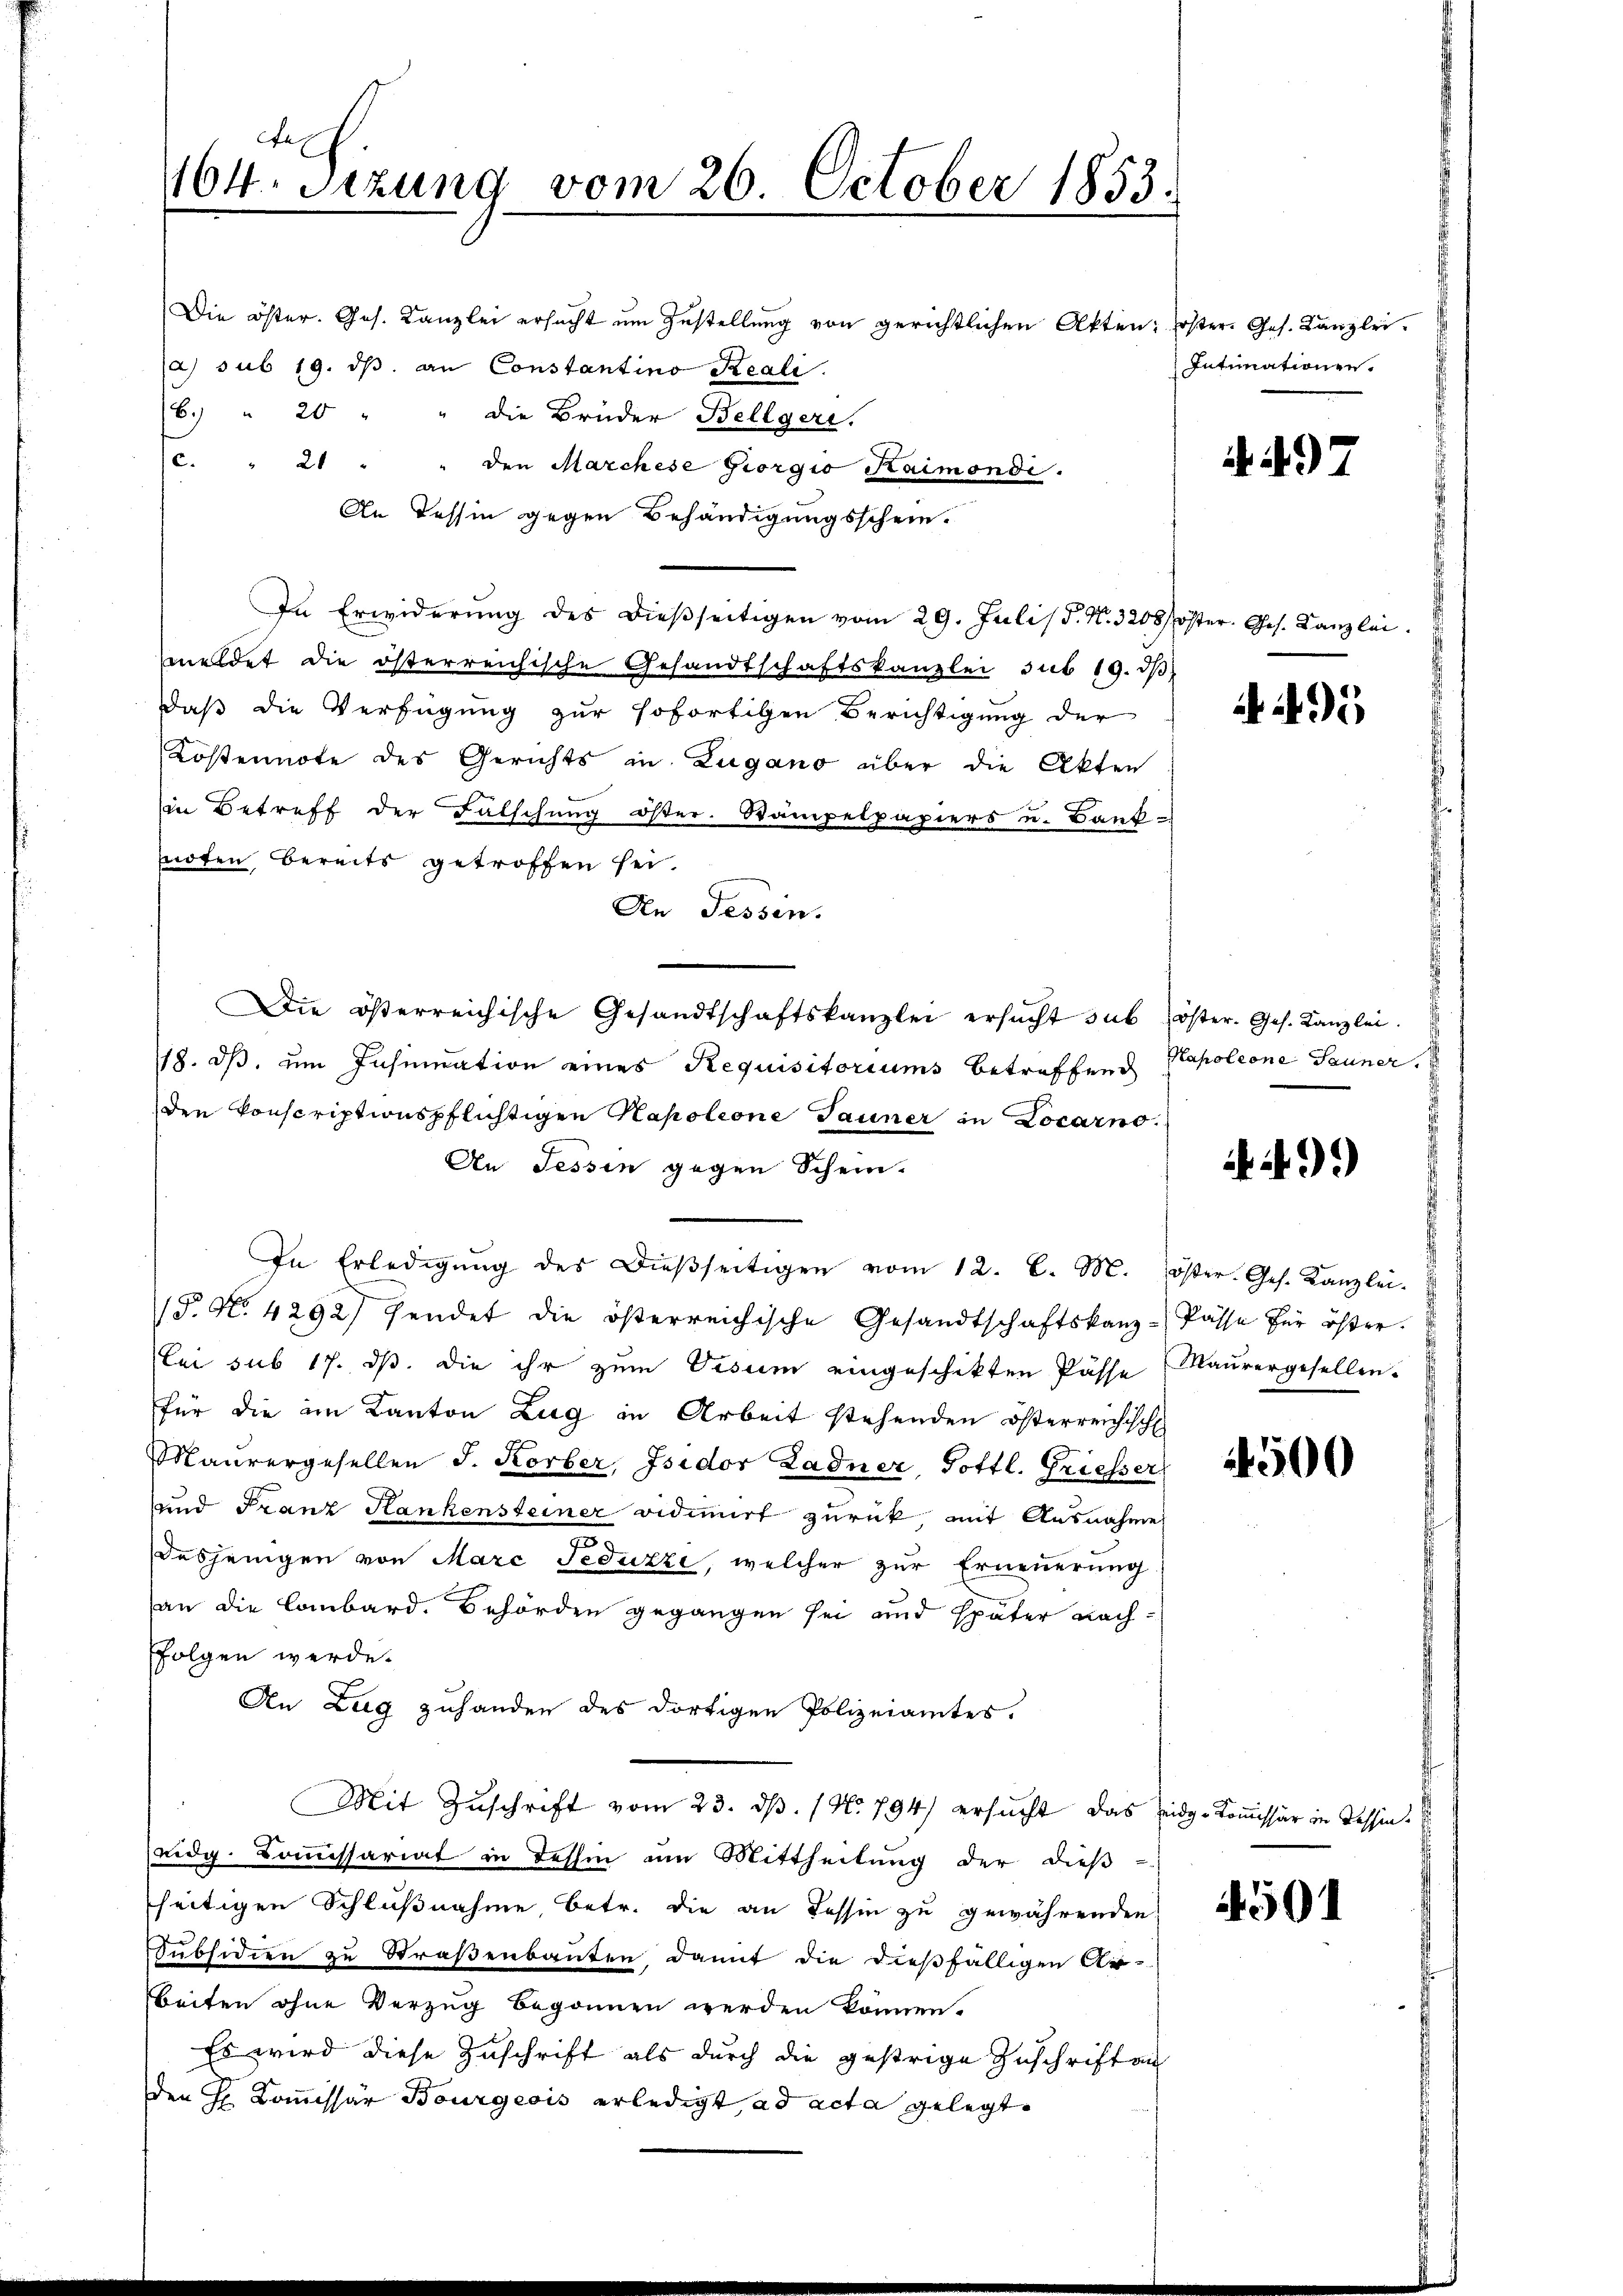
es
164. Sezung vom 26. October 1853.

Die öster. Ges. Kanzlei ersucht um Zustellung von gerichtlichen Akten: Erster. Ges. Kanzlei.
(a) sub 19. dβ an Constantino Reali.
6.) " 20 " " die Brüder Belegeri.
c. " 21 " " den Marchese Giorgio Haimondi.
An Tessin gegen Behändigungsschein.
In Erwiderŭng des dieβseitigen vom 29. Juli/d. N. 3208/öster. Ges. Kanzlei
meldet die österreichische Gesandtschaftskanzlei sub 19. dβ
daß die Verfügung zur sofortigen Berichtigung der
Kostennote des Gerichts in Zugano über die Akten
in Betreff der Falschung öster. Stampelpapiers u. Bank-
noten, bereits getroffen sei.
An Tessin.
Die österreichische Gesandtschaftskanzlei ersŭcht sub (öster. Ges. Kanzlei.
18. ds, um Insinuation eines Requisitoriums betreffend Kapoleone Tauner
den konscriptionspflichtigen Kapolione Tauner in Locarno.
An Tessin gegen Schein-
In Erledigŭng des dieβseitigen vom 12. l. M. öster. Ges. Kanzlei-
/5. No. 4292) sendet die österreichische Gesandtschaftskanz-Pässe für öster.
ei sub 17. ds. die ihr zum Visum eingeschikten Pässe Maurergesellen.
für die im Kanton Zug in Arbeit stehenden österreichisch
Maurergesellen J. Korber, Isidor Zadner, Gottl. Griesser
und Franz Hankensteiner vidimirt zurück, mit Ausnahme
2
desjenigen von Marc Feduzze, welcher zur Erneuerung
(an die Lombard. Behörden gegangen sei und später nachffolgen werde.
An Zug zuhanden des dortigen Polizeiamtes.
Mit Zuschrift vom 23. ds. (N. 794) ersucht das Eidg-Kommissär in Tessineidg. Kommissariat in dessin am Mittheilung der dieβ-
seitigen Schlußnahme, betr. die an Tessin zu gewährenden
Subsidien zu Straßenbauten, damit die dießfälligen Arbeiten ohne Verzug begonnen werden können.
Es wird diese Zuschrift als durch die gestrige Zuschriften
den H. Commissär Bourgeois erledigt, ad acta gelegte

Intimationen.

A 97

i i

500

4501